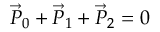
\vec { P } _ { 0 } + \vec { P } _ { 1 } + \vec { P } _ { 2 } = 0